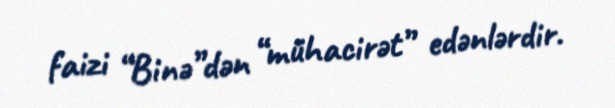
faizi “Binə”dən “mühacirət” edənlərdir.